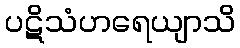
ပဋိသံဟရေယျာသိ